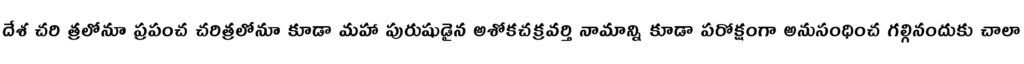
దేశ చరి త్రలోనూ ప్రపంచ చరిత్రలోనూ కూడా మహా పురుషుడైన అశోకచక్రవర్తి నామాన్ని కూడా పరోక్షంగా అనుసంధించ గల్గినందుకు చాలా